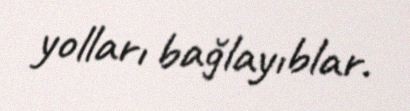
yolları bağlayıblar.